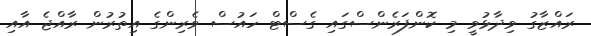
ރައްޒާގު ވިދާޅުވީ މި ކޮންފަރެންސްގައި ގެސްޓް ހައުސް ވެރިންގެ އިތުރުން ރާއްޖެ އާއި